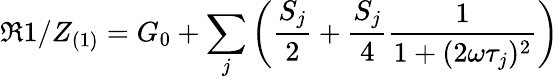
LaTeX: \Re{1/Z_{(1)}}=G_{0}+\sum_{j}\left(\frac{S_{j}}{2}+\frac{S_{j}}{4}\frac{1}{1+(2\omega\tau_{j})^{2}}\right)